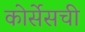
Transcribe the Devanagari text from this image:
कोर्सेसची